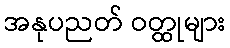
အနုပညတ် ဝတ္ထုများ